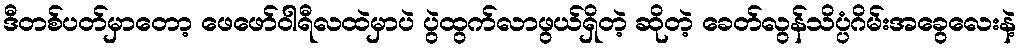
ဒီတစ်ပတ်မှာတော့ ဖေဖော်ဝါရီလထဲမှာပဲ ပွဲထွက်လာဖွယ်ရှိတဲ့ ဆိုတဲ့ ခေတ်လွန်သိပ္ပံဂိမ်းအခွေလေးနဲ့